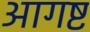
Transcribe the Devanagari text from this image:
आगष्ट